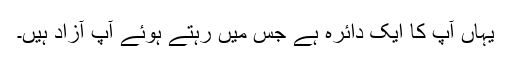
یہاں آپ کا ایک دائرہ ہے جس میں رہتے ہوئے آپ آزاد ہیں۔